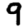
Digit: 9